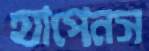
হ্যাপেনস